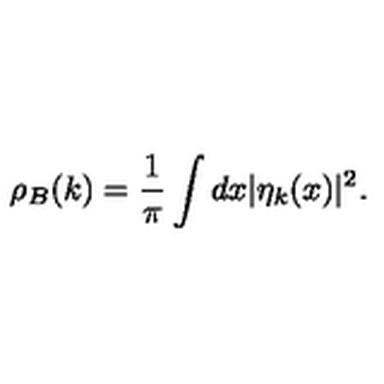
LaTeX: \rho _ { B } ( k ) = \frac { 1 } { \pi } \int d x | \eta _ { k } ( x ) | ^ { 2 } .